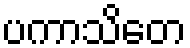
ပကာသိတေ